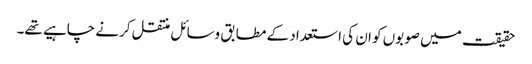
حقیقت میں صوبوں کو ان کی استعداد کے مطابق وسائل منتقل کرنے چاہیے تھے۔